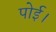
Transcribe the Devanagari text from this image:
पोई।